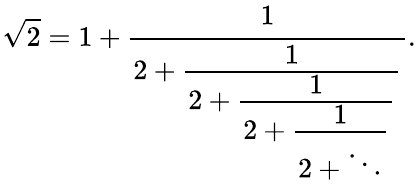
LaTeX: \! \ {\sqrt{2}}=1+{\cfrac{1}{2+{\cfrac{1}{2+{\cfrac{1}{2+{\cfrac{1}{2+\ddots}}}}}}}}.